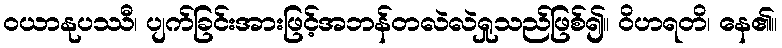
ဝယာနုပဿီ၊ ပျက်ခြင်းအားဖြင့်အဘန်တလဲလဲရှုသည်ဖြစ်၍။ ဝိဟရတိ၊ နေ၏။